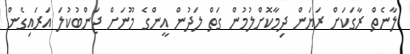
ލާނެތް ރާގަކަށް ރަޔަން ދިމާކޮށްލުމުން ގަތް ލަދުން އީންގެ މޫނަށް ޖަންބުކުލަ އަރައިގެން